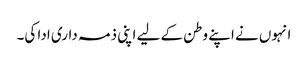
انہوں نے اپنے وطن کے لیے اپنی ذمہ داری ادا کی۔